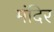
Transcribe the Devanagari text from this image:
मंदिर